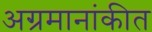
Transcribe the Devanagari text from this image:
अग्रमानांकीत